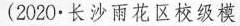
(2020.长沙雨花区校级模